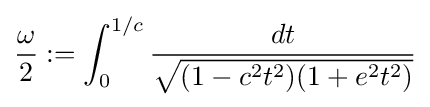
{\omega  \over 2}:=\int _{0}^{1/c}{\frac {dt}{\sqrt {(1-c^{2}t^{2})(1+e^{2}t^{2})}}}